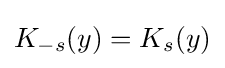
K_{-s}(y)=K_{s}(y)